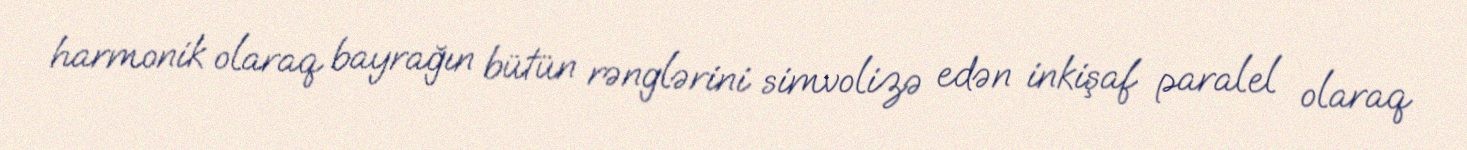
harmonik olaraq bayrağın bütün rənglərini simvolizə edən inkişaf paralel olaraq